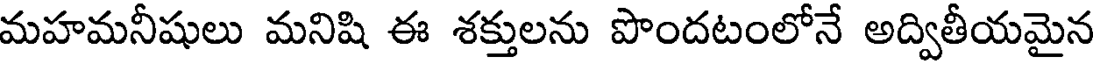
మహమనీషులు మనిషి ఈ శక్తులను పొందటంలోనే అద్వితీయమైన